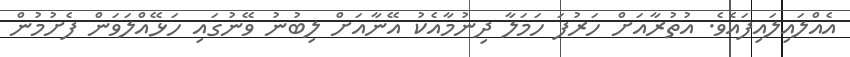
އެއްލައިލައިފައެވެ. އުތުރާއަށް ހަރުފަ ހަމަލާ ދިނުމާއެކު އޭނާއަށް ލިބުނު ވޭނުގައި ހަޅޭއްލަވަން ފެށުމުން